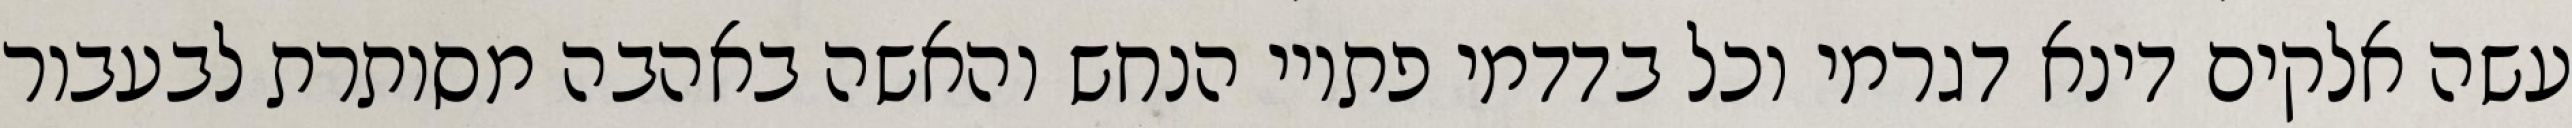
עשה אלקים דינא דגרמי וכל בדדמי פתויי הנחש והאשה באהבה מסותרת לבעבור